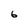
Character: 6